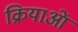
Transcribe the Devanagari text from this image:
क्रियाआें